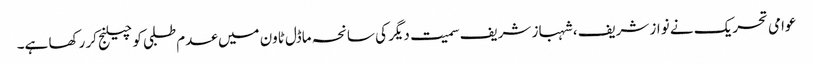
عوامی تحریک نے نواز شریف، شہباز شریف سمیت دیگر کی سانحہ ماڈل ٹاون میں عدم طلبی کو چیلنج کر رکھا ہے۔